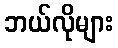
ဘယ်လိုများ